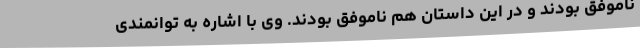
ناموفق بودند و در این داستان هم ناموفق بودند. وی با اشاره به توانمندی